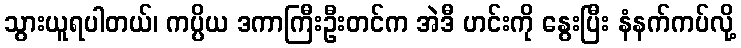
သွားယူရပါတယ်၊ ကပ္ပိယ ဒကာကြီးဦးတင်က အဲဒီ ဟင်းကို နွေးပြီး နံနက်ကပ်လို့